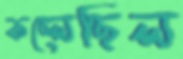
কচ্‌লেছিল